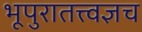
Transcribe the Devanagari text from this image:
भूपुरातत्त्वज्ञच